Annual report of the Prince of Wales Medical College, Patna
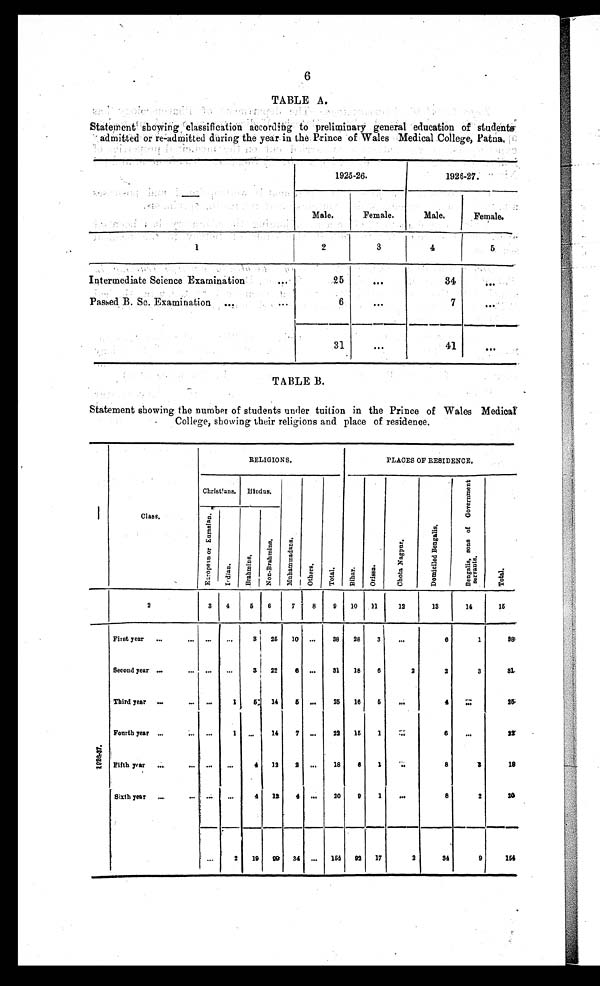
6
TABLE A.
Statement showing classification aCcording to preliminary general education of students
admitted or re-admitted during the year in the Prince of Wales Medical College, Patna.
—
1925-26.
1926-27.
Male.
Female.
Male.
Female.
1
2
3
4
5
Intermediate Science Examination
25
34
Passed B. Sc. Examination
6
7
3 1
41
TABLE B.
Statement showing the number of students under tuition in the Prince of Wales Medical
College, showing their religions and place of residence.
Class.
RELIGIONS.
PLACES OF RESIDENCE.
Christians. Hindus.
M u h a m m a d a n s .
O t h e r s .Total
B i h a r .
O r r i s a .
C h o t a N a g p u r .
D a m i c i l e d B e n g a l i s .
B e n g a l i s , s o n s o f G o v e r m e n t s e r v a n t s .
T o t a l .
E u r o p e a n a n d E u r a s i a n .
Indian.
Br ahmi ns.
N o n - B r a h mi n s .
2
3
4
5
6
7
8
9
10
11
12
13
14
15
1 8 2 6 - 2 7 First year
3 25
10
38
28
3
6
1
3 8
Second year
3
22
6
31
18
6
2
2
3
3 1
Third year
1
5
14
6
25
16
6
4
Fourth year
1
14
7
22
15
1
6
2 2
Fifth year
4
12
2
18
6
1
8
18
Sixth year
4
12
4
20
9
1
8
2
20
2
19
99
34
154
92
17
2
34
9
154